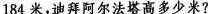
184米，迪拜阿尔法塔高多少米?